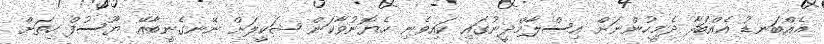
އެއްބަނޑު އެއްބަފާ ދެމީހުންނަށް އިސްލާމްދީނުގައި ކައިވެނި ހެޔޮނުވާކަން ޝަކީލަށް ނޭނގެނީބާއޭ ޔޫސުފް ހިތަށް